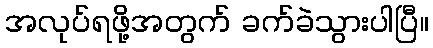
အလုပ်ရဖို့အတွက် ခက်ခဲသွားပါပြီ။